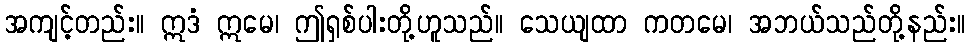
အကျင့်တည်း။ ဣဒံ ဣမေ၊ ဤရှစ်ပါးတို့ဟူသည်။ သေယျထာ ကတမေ၊ အဘယ်သည်တို့နည်း။